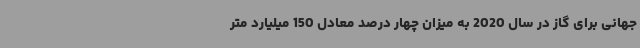
جهانی برای گاز در سال 2020 به میزان چهار درصد معادل 150 میلیارد متر